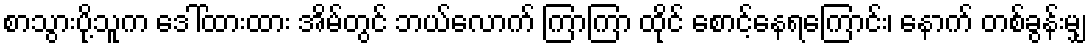
စာသွားပို့သူက ဒေါ်ထားထား အိမ်တွင် ဘယ်လောက် ကြာကြာ ထိုင် စောင့်နေရကြောင်း၊ နောက် တစ်ခွန်းမျှ